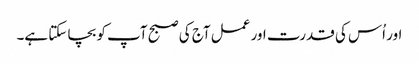
اور اُس کی قدرت اور عمل آج کی صبح آپ کو بچا سکتا ہے۔